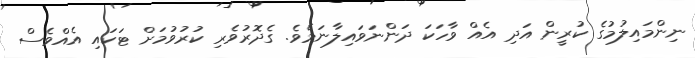
ނިންމައިލުމުގެ ކުރީން އަދި އެއް ވާހަކަ ދަންނަވައިލާނަމެވެ. ގެދޮރުވެރި ކުރުވުމަށް ޓަކައި އެއްވެސް